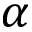
\alpha